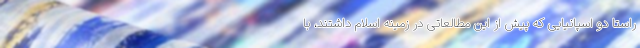
راستا دو اسپانیایی که پیش از این مطالعاتی در زمینه اسلام داشتند، با